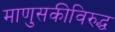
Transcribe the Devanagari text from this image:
माणुसकीविरुद्ध